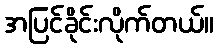
အပြင်ခိုင်းလိုက်တယ်။